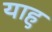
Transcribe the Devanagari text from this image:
याहु